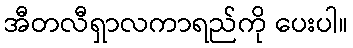
အီတလီရှာလကာရည်ကို ပေးပါ။